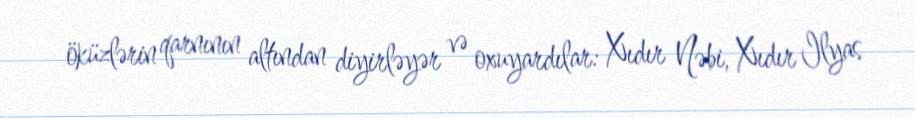
öküzlərin qarnının altından diyirləyər və oxuyardılar: Xıdır Nəbi, Xıdır Ilyas